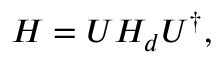
H = U H _ { d } U ^ { \dagger } ,